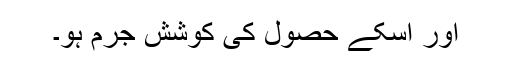
اور اسکے حصول کی کوشش جرم ہو۔